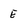
Character: E